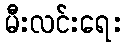
မီးလင်းရေး